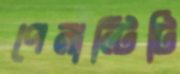
পেনাল্টিটি